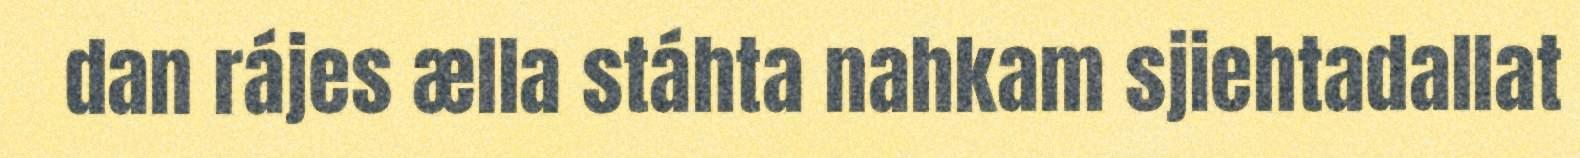
dan rájes ælla stáhta nahkam sjiehtadallat